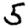
Digit: 5